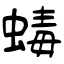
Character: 蝳